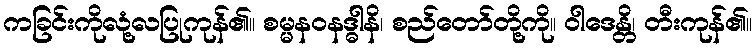
ကခြင်းကိုလုံ့လပြုကုန်၏။ စမ္မနဝနဒ္ဓါနိ၊ စည်တော်တို့ကို။ ဝါဒေန္တိ၊ တီးကုန်၏။